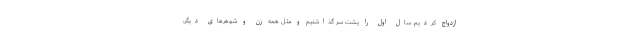
ازدواج کردیم. سال اول را پشت سر گذاشتیم و مثلِ همه زن و شوهرهای دیگر،